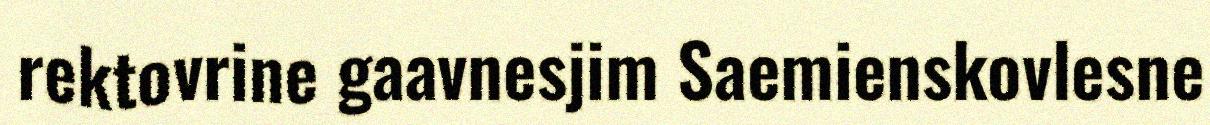
rektovrine gaavnesjim Saemienskovlesne